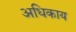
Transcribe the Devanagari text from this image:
अधिकाय